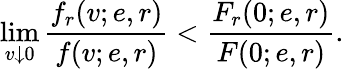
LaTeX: \operatorname*{lim}_{v\downarrow 0}\frac{f_{r}(v;e,r)}{f(v;e,r)}<\frac{F_{r}(0;e,r)}{F(0;e,r)}.